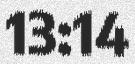
13:14